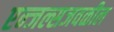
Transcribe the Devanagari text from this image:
एन्जल्सजवळील